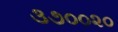
૩૭૦૦૨૦